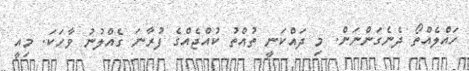
ހައްލެއްތޯ ދެނެގަންނަން. މި ދައްކަނީ ތުއްތު ކުއްޖެއްގެ ފުރާނަ ގެއްލުނު ވާހަކަ. މިއީ